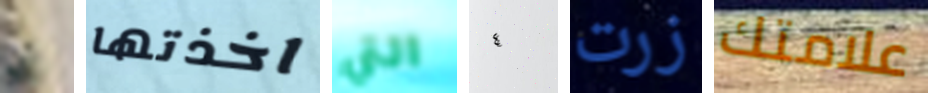
بي اخذتها التي ٤ زرت علامتك